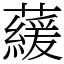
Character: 藧